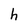
Character: h